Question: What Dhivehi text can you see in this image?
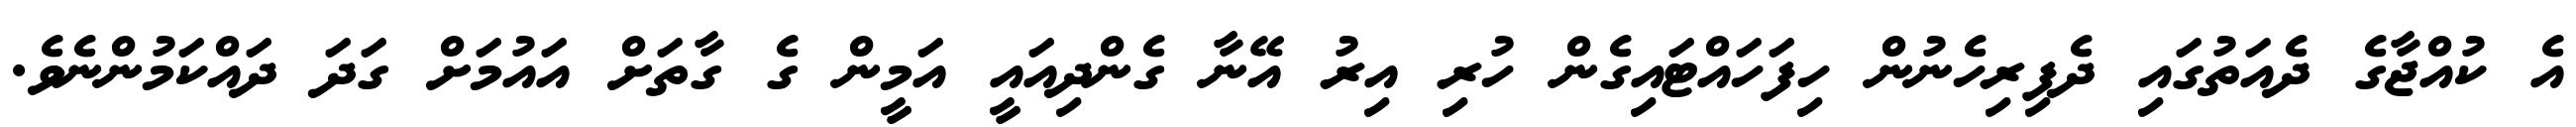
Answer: އެ ކުއްޖާގެ ދެއަތުގައި ދެފިރިހެނުން ހިފަހައްޓައިގެން ހުރި އިރު އޭނާ ގެންދިއައީ އަމީން ގެ ގާތަށް އައުމަށް ގަދަ ދައްކަމުންނެވެ.